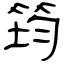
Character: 筠